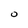
Character: O